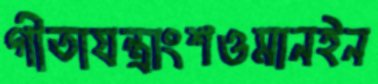
গীতাযন্ত্রাংশওমানইন